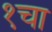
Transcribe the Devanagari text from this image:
१चा